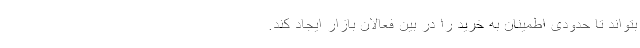
بتواند تا حدودی اطمینان به خرید را در بین فعالان بازار ایجاد کند.